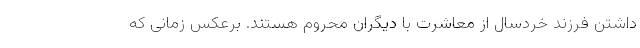
داشتن فرزند خردسال از معاشرت با دیگران محروم هستند. برعکس زمانی که